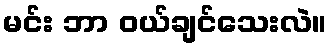
မင်း ဘာ ဝယ်ချင်သေးလဲ။